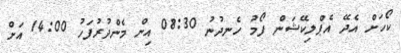
ކޯހަށް އެދޭ އެޕްލިކޭޝަން ފޯމު ހެނދުނު 08:30 އިން މެންދުރުފަހު 14:00 އަށް